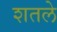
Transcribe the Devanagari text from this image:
शतले